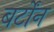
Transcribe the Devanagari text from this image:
बर्टोंन